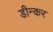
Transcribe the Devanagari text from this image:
डीन्कर